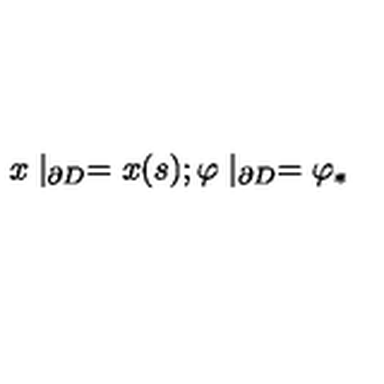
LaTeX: x \mid _ { \partial D } = x ( s ) ; \varphi \mid _ { \partial D } = \varphi _ { * }